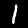
Digit: 1